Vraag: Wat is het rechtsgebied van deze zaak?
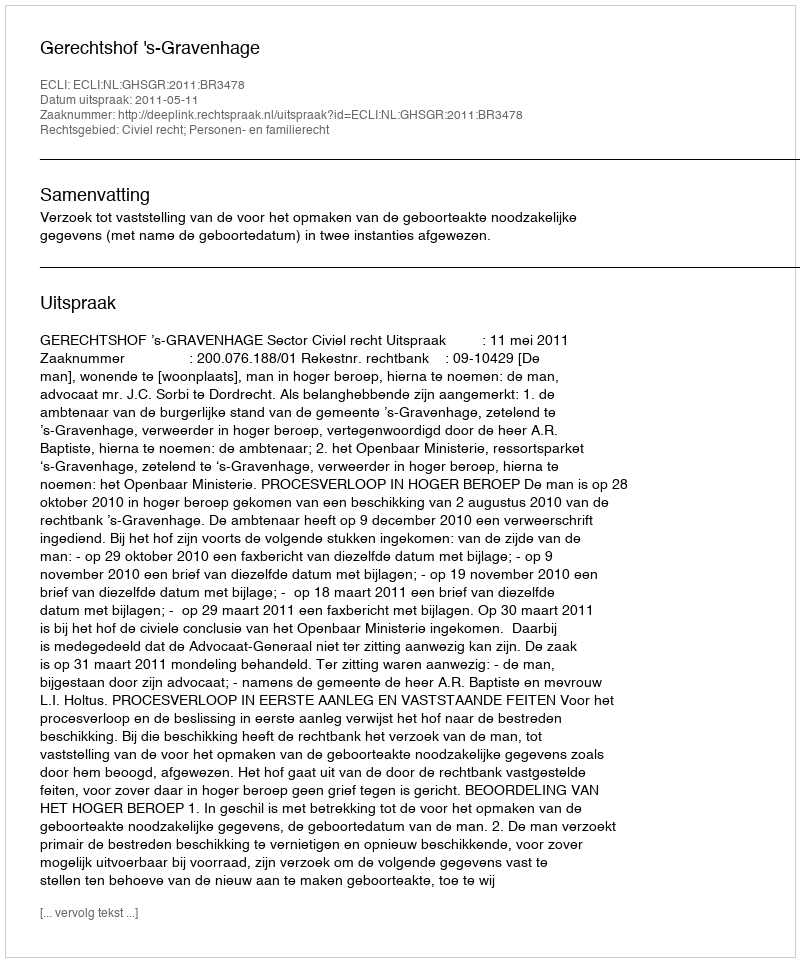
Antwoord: Civiel recht; Personen- en familierecht